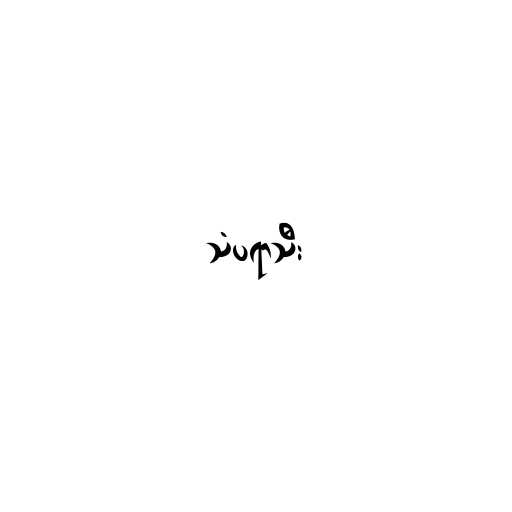
သံပရာသီး